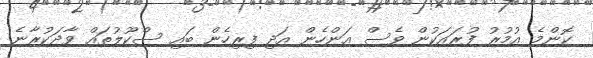
ކޮންމެ އުމުރު ފުރައަކުން ވެސް އަންހެން އަދި ފިރިހެން ބައި ސްކޫލުތައް ވާދަކުރާނެ